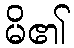
မိ၏